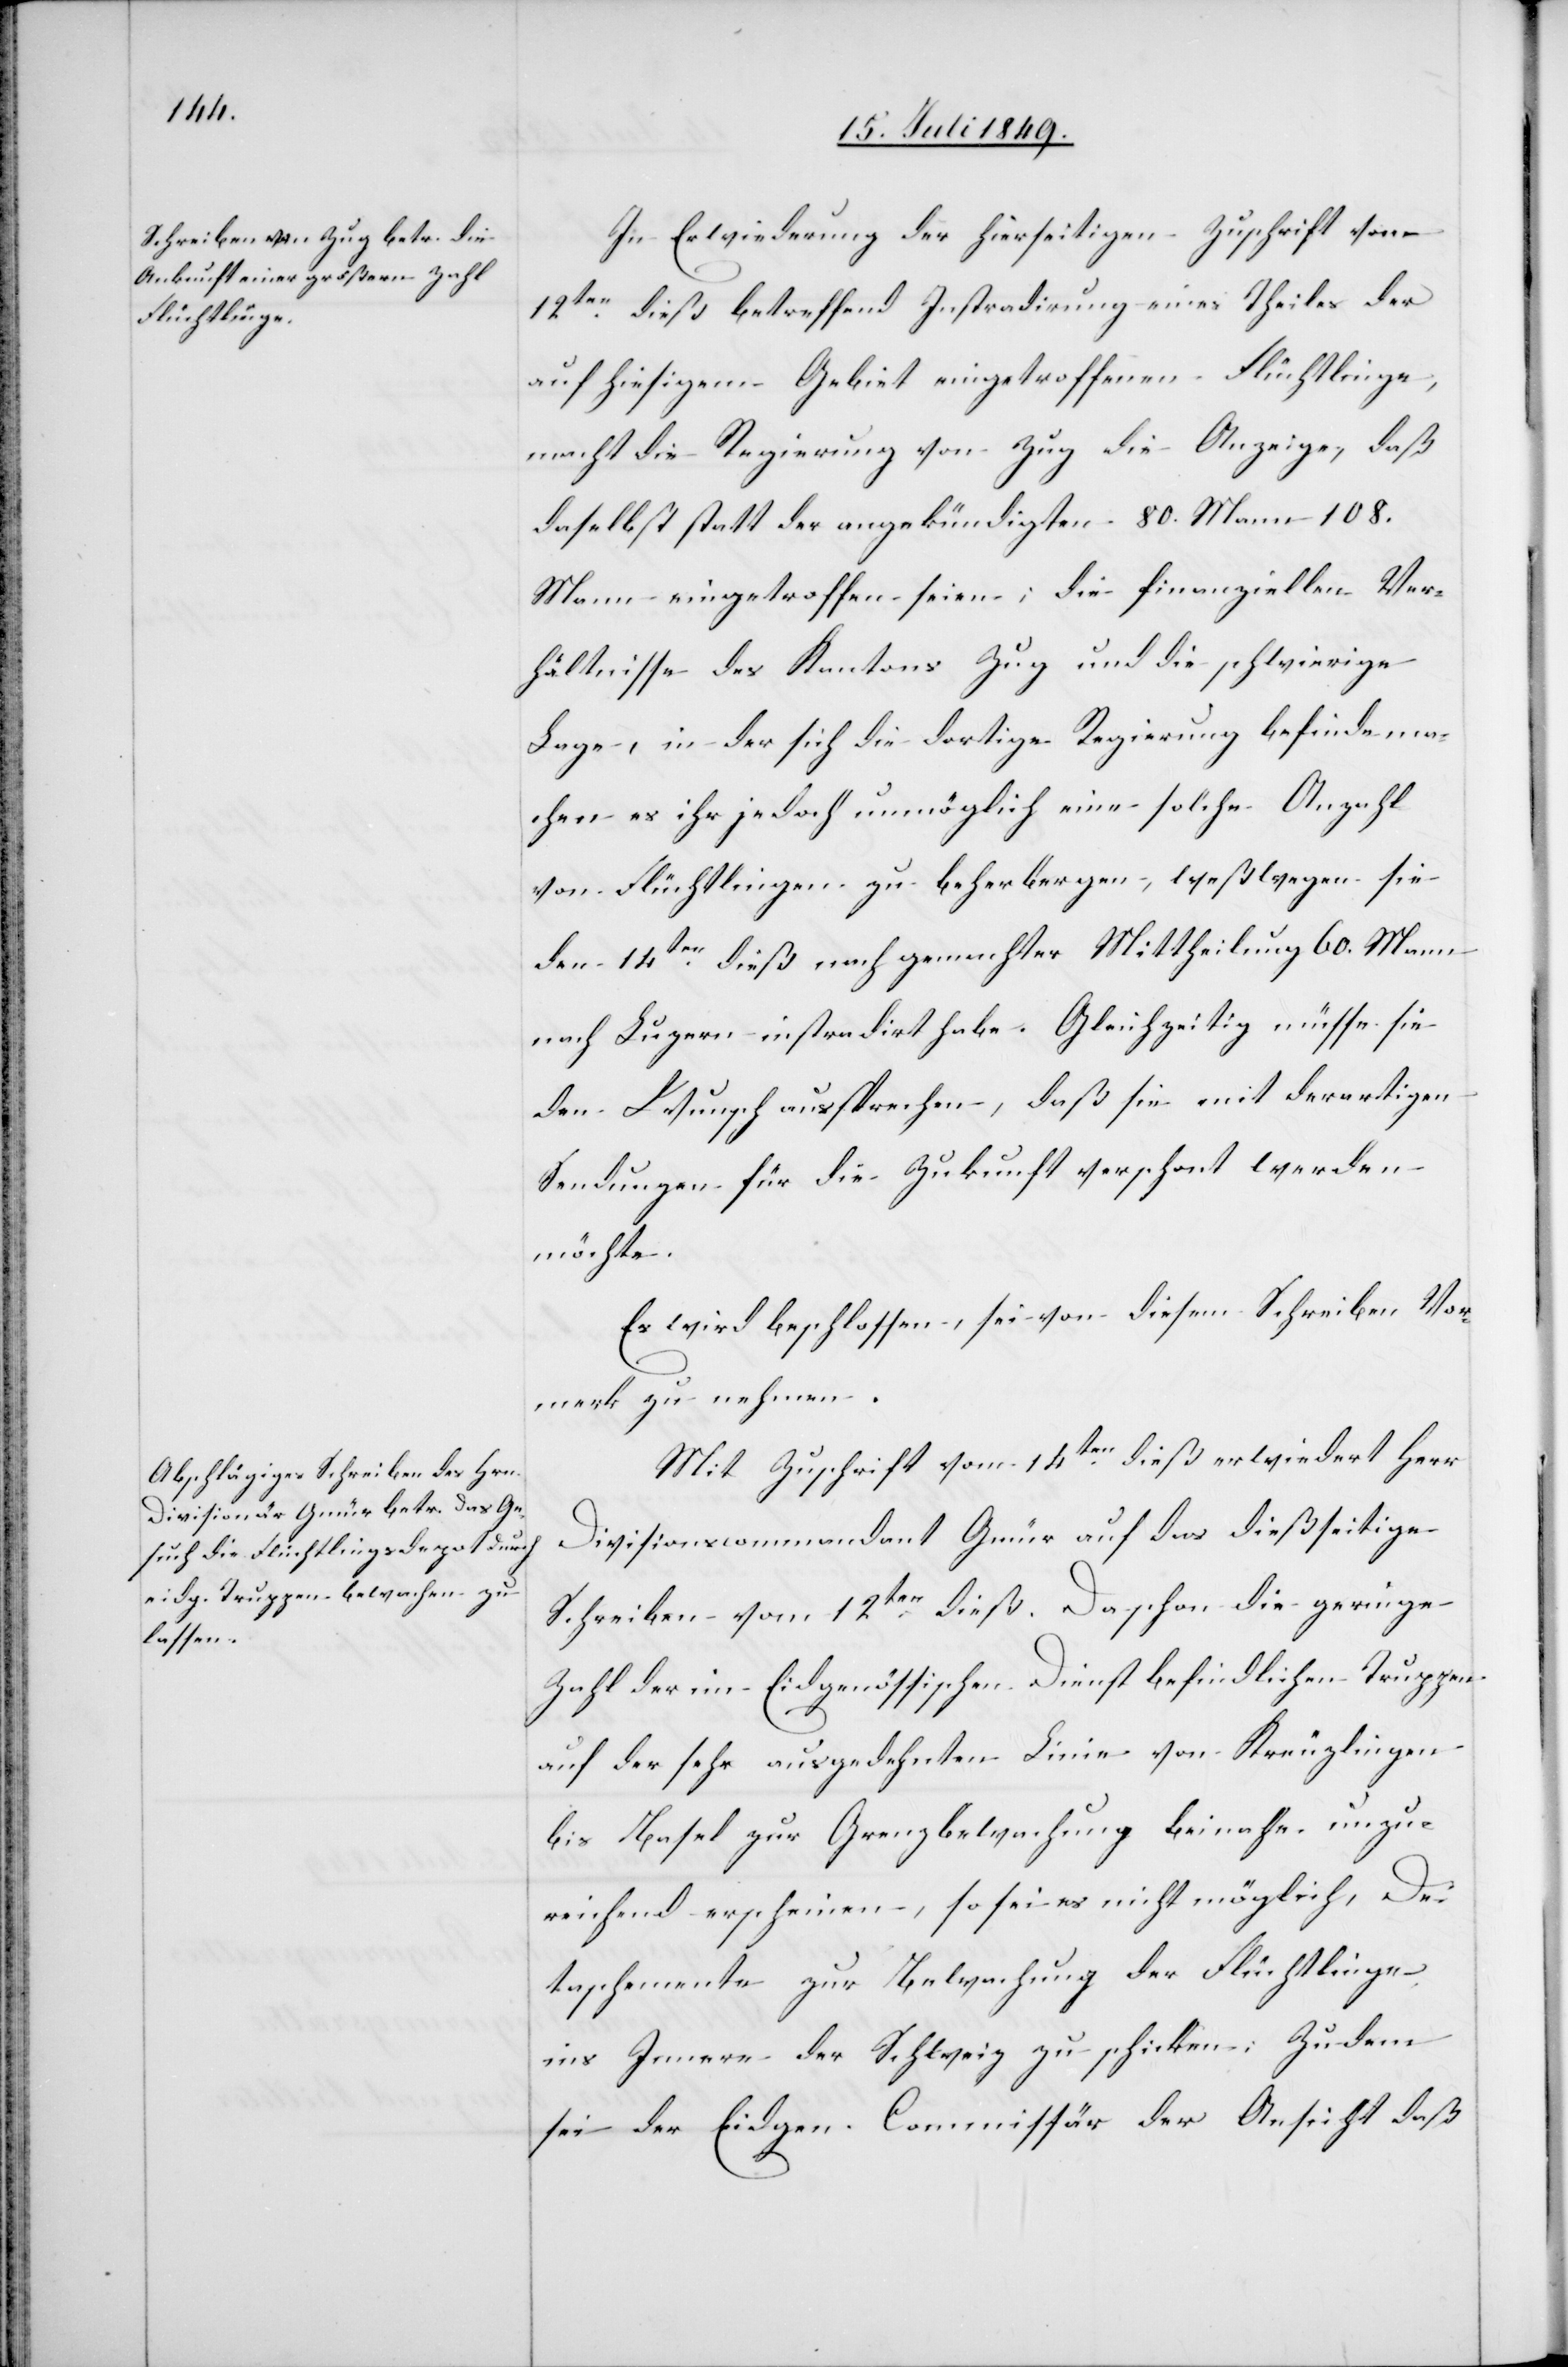
In Erwiederung der hierseitigen Zuschrift vom
12ten dieß betreffend Instradirung eines Theiles der
auf hiesigem Gebiet eingetroffenen Flüchtlinge,
macht die Regierung von Zug die Anzeige, daß
daselbst statt der angekündigten 80. Mann 108.
Mann eingetroffen seien; die finanziellen Ver¬
hältnisse des Kantons Zug und die schwierige
Lage, in der sich die dortige Regierung befinde ma¬
chen es ihr jedoch unmöglich eine solche Anzahl
von Flüchtlingen zu beherbergen, weßwegen sie
den 14ten dieß nach gemachter Mittheilung 60. Mann
nach Luzern instradirt habe. Gleichzeitig müsse sie
den Wunsch aussprechen, daß sie mit derartigen
Sendungen für die Zukunft verschont werden
möchte.
Es wird beschlossen, sei von diesem Schreiben Vor¬
merk zu nehmen.
Mit Zuschrift vom 14ten dieß erwiedert Herr
Divisionscommandant Gmür auf das dießseitige
Schreiben vom 12ten dieß. Da schon die geringe
Zahl der im Eidgenössischen Dienst befindlichen Truppen
auf der sehr ausgedehnten Linie von Kreuzlingen
bis Basel zur Grenzbewachung beinahe unzu¬
reichend erscheinen, so sei es nicht möglich, De¬
taschemente zur Bewachung der Flüchtlinge
ins Innere der Schweiz zu schicken; Zudem
sei der Eidgen. Commissär der Ansicht daß